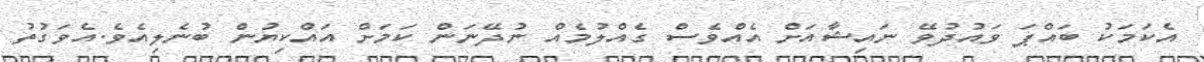
އެކަމަކު ބައްޕަ ވައުދުވޭ ނައިޝާއަށް އެއްވެސް ގެއްލުމެއް ނުދޭނަން ކަމަށް އައްކިޔުން ބުނެލިއެވެ.އެވަގުތު